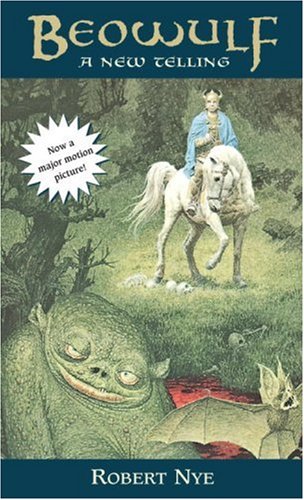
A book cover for Beowulf: A New Telling; Robert Nye; Literature & Fiction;